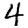
Digit: 4